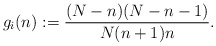
\begin{align*}g_i(n):=\frac{(N-n)(N-n-1)}{N(n+1)n}.\end{align*}